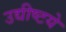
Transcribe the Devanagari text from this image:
उद्यीष्टये